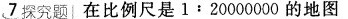
7探究题│在比例尺是1：20000000的地图